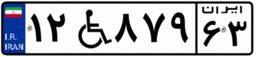
۴۷W۹۰۵۲۰